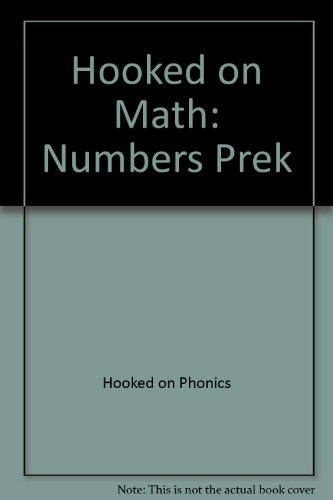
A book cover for Hooked on Math: Numbers  PreK - Multimedia Edition (Interactive CD-ROM); Hooked on Phonics; Children's Books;